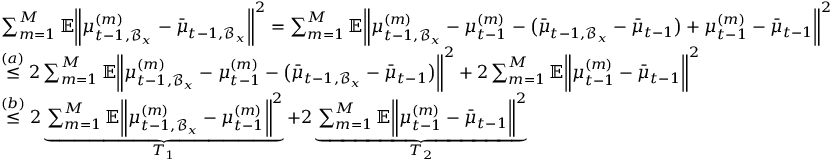
\begin{array} { r l } & { \sum _ { m = 1 } ^ { M } \mathbb { E } \bigg \| \mu _ { t - 1 , \mathcal { B } _ { x } } ^ { ( m ) } - \bar { \mu } _ { t - 1 , \mathcal { B } _ { x } } \bigg \| ^ { 2 } = \sum _ { m = 1 } ^ { M } \mathbb { E } \bigg \| \mu _ { t - 1 , \mathcal { B } _ { x } } ^ { ( m ) } - \mu _ { t - 1 } ^ { ( m ) } - \big ( \bar { \mu } _ { t - 1 , \mathcal { B } _ { x } } - \bar { \mu } _ { t - 1 } \big ) + \mu _ { t - 1 } ^ { ( m ) } - \bar { \mu } _ { t - 1 } \bigg \| ^ { 2 } } \\ & { \overset { ( a ) } { \leq } 2 \sum _ { m = 1 } ^ { M } \mathbb { E } \bigg \| \mu _ { t - 1 , \mathcal { B } _ { x } } ^ { ( m ) } - \mu _ { t - 1 } ^ { ( m ) } - \big ( \bar { \mu } _ { t - 1 , \mathcal { B } _ { x } } - \bar { \mu } _ { t - 1 } \big ) \bigg \| ^ { 2 } + 2 \sum _ { m = 1 } ^ { M } \mathbb { E } \bigg \| \mu _ { t - 1 } ^ { ( m ) } - \bar { \mu } _ { t - 1 } \bigg \| ^ { 2 } } \\ & { \overset { ( b ) } { \leq } 2 \underbrace { \sum _ { m = 1 } ^ { M } \mathbb { E } \bigg \| \mu _ { t - 1 , \mathcal { B } _ { x } } ^ { ( m ) } - \mu _ { t - 1 } ^ { ( m ) } \bigg \| ^ { 2 } } _ { T _ { 1 } } + 2 \underbrace { \sum _ { m = 1 } ^ { M } \mathbb { E } \bigg \| \mu _ { t - 1 } ^ { ( m ) } - \bar { \mu } _ { t - 1 } \bigg \| ^ { 2 } } _ { T _ { 2 } } } \end{array}